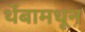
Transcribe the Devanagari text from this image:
थेंबामधून